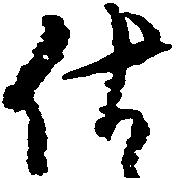
仕